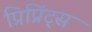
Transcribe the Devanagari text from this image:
प्रिप्रिंट्स